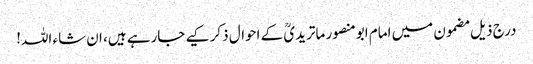
درج ذیل مضمون میں امام ابومنصور ماتریدیؒ کے احوال ذکر کیے جارہے ہیں، ان شاء اللہ!